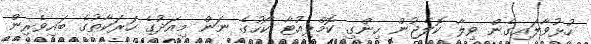
ހުޅުވާލައިގެން ވިލާ ކޮލެޖުން ހިންގި ކޮމްޕިއުޓާ ކޯހުގެ ނަން މިއަދުގެ ހަރަކާތުގެ ބައިވެރިން